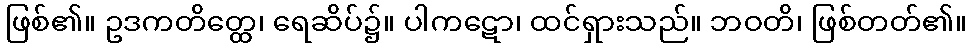
ဖြစ်၏။ ဥဒကတိတ္ထေ၊ ရေဆိပ်၌။ ပါကဋော၊ ထင်ရှားသည်။ ဘဝတိ၊ ဖြစ်တတ်၏။